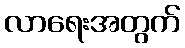
လာရေးအတွက်